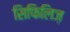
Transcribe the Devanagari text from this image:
सिफिलिज़